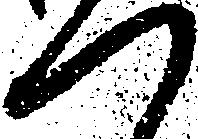
つ